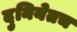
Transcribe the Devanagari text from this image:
दुनियेतच